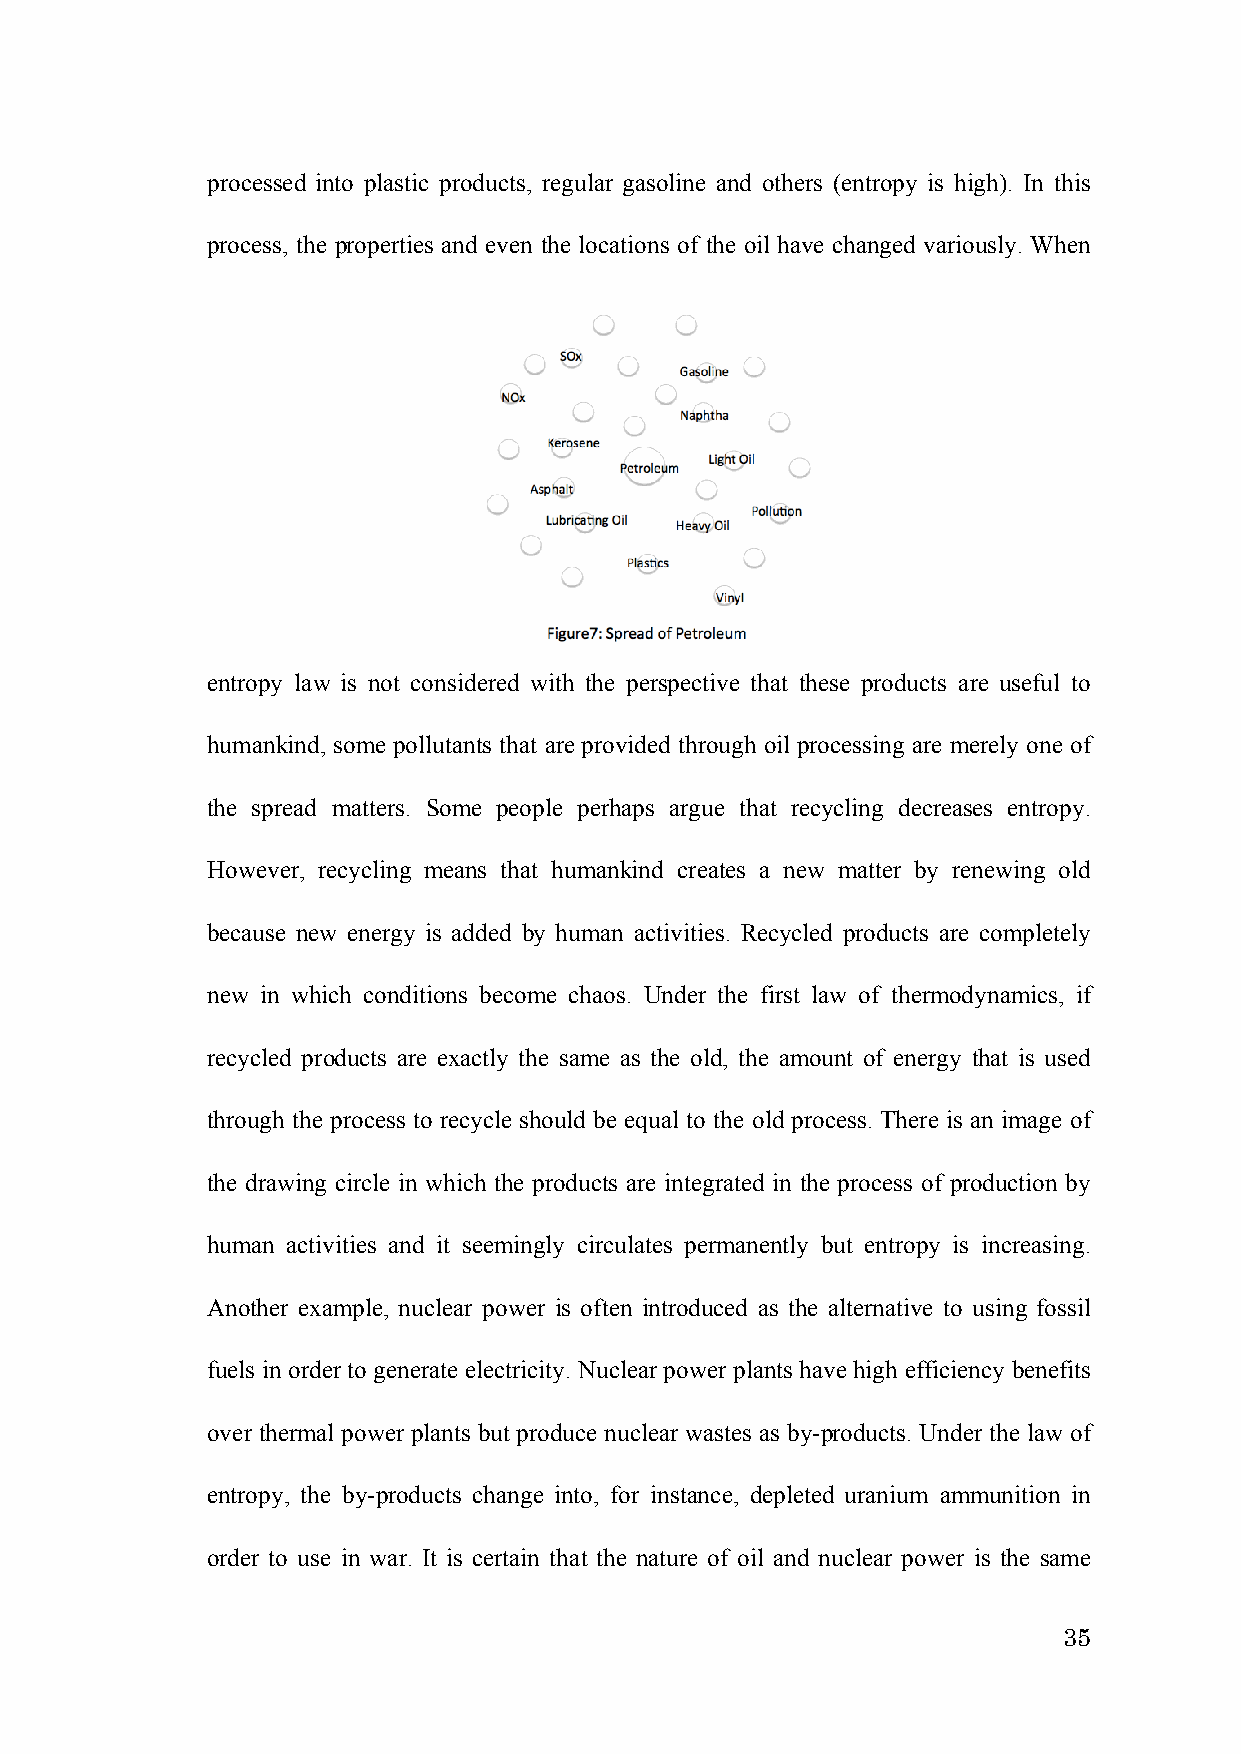
processed into plastic products, regular gasoline and others (entropy is high). In this
 process, the properties and even the locations of the oil have changed variously. When
 entropy law is not considered with the perspective that these products are useful to
 humankind, some pollutants that are provided through oil processing are merely one of
 the spread matters. Some people perhaps argue that recycling decreases entropy.
 However, recycling means that humankind creates a new matter by renewing old
 because new energy is added by human activities. Recycled products are completely
 new in which conditions become chaos. Under the first law of thermodynamics, if
 recycled products are exactly the same as the old, the amount of energy that is used
 through the process to recycle should be equal to the old process. There is an image of
 the drawing circle in which the products are integrated in the process of production by
 human activities and it seemingly circulates permanently but entropy is increasing.
 Another example, nuclear power is often introduced as the alternative to using fossil
 fuels in order to generate electricity. Nuclear power plants have high efficiency benefits
 over thermal power plants but produce nuclear wastes as by-products. Under the law of
 entropy, the by-products change into, for instance, depleted uranium ammunition in
 order to use in war. It is certain that the nature of oil and nuclear power is the same
 35